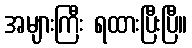
အများကြီး ရထားပြီးပြီ။